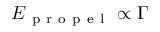
E _ { \mathrm { ~ p ~ r ~ o ~ p ~ e ~ l ~ } } \propto \Gamma